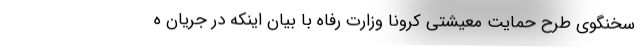
سخنگوی طرح حمایت معیشتی کرونا وزارت رفاه با بیان اینکه در جریان ه